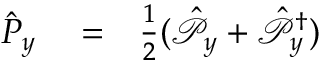
\begin{array} { r l r } { \hat { P } _ { y } } & { { } = } & { \frac { 1 } { 2 } ( \hat { \mathcal P } _ { y } + \hat { \mathcal P } _ { y } ^ { \dagger } ) } \end{array}